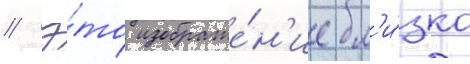
// Э́то изображе́н'ие бл'и́зко